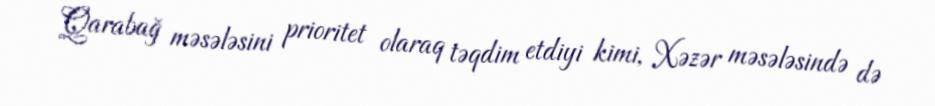
Qarabağ məsələsini prioritet olaraq təqdim etdiyi kimi, Xəzər məsələsində də